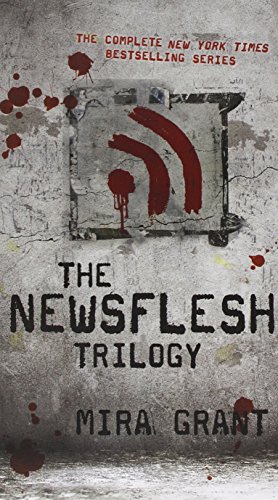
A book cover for The Newsflesh Trilogy (Boxed Set); Mira Grant; Science Fiction & Fantasy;